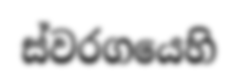
ස්වරගයෙහි